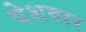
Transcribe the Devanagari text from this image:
पेशवार